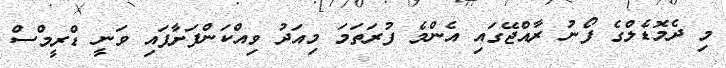
މި ދެމޮޑެލްގެ ފޯނު ރާއްޖޭގައި އެންމެ ފުރަތަމަ މިއަދު ވިއްކަންފަށާފައި ވަނީ ޑްރީމްސް